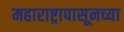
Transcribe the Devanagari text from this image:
महाराष्ट्रापासूनच्या